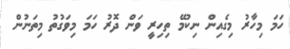
ހަމަ މިހާރު މިގެއިން ނިކުމޭ ތިހިރީ ވަން ދޮރު ހަމަ މިވަގުތު މިތަނުން